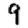
Digit: 9